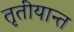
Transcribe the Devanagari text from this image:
तृतीयान्त